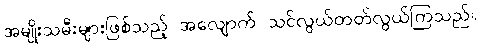
အမျိုးသမီးများဖြစ်သည့် အလျောက် သင်လွယ်တတ်လွယ်ကြသည်။